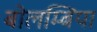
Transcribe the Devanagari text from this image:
बोलम्बिया